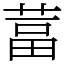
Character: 葍